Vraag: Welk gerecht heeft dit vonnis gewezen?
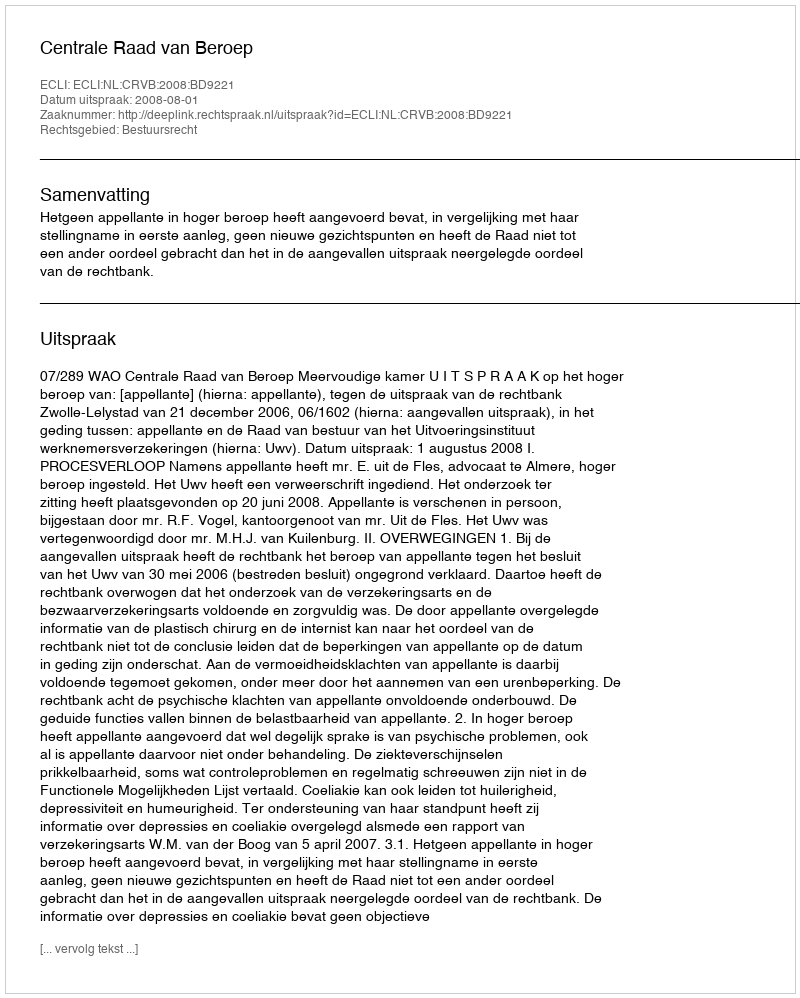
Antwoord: Centrale Raad van Beroep